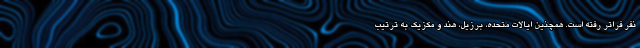
نفر فراتر رفته است. همچنین ایالات متحده، برزیل، هند و مکزیک به ترتیب